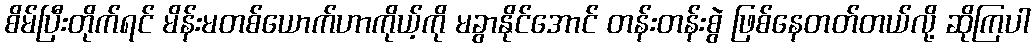
စိမ်ပြီးတိုက်ရင် မိန်းမတစ်ယောက်ဟာကိုယ့်ကို မခွာနိုင်အောင် တန်းတန်းစွဲ ဖြစ်နေတတ်တယ်လို့ ဆိုကြပါ